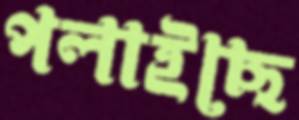
পলাইছে